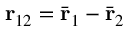
\mathbf { r } _ { 1 2 } = \bar { \mathbf { r } } _ { 1 } - \bar { \mathbf { r } } _ { 2 }